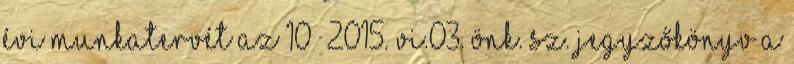
évi munkatervét az 10 2015. VI.03. Önk. sz. JEGYZŐKÖNYV a